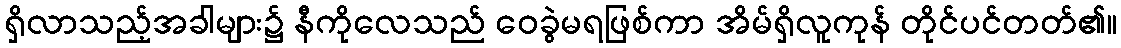
ရှိလာသည့်အခါများ၌ နီကိုလေသည် ဝေခွဲမရဖြစ်ကာ အိမ်ရှိလူကုန် တိုင်ပင်တတ်၏။